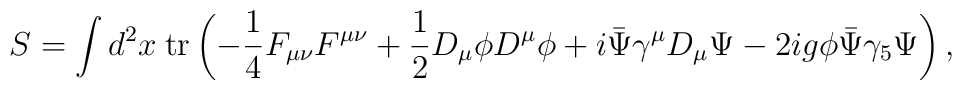
S  =  \int d^2 x \hspace{1mm}  \mbox{tr} \left(-\frac{1}{4} F_{\mu \nu}F^{\mu \nu}+\frac{1}{2}D_\mu \phi D^\mu \phi +i \bar{\Psi}\gamma^\mu D_{\mu}\Psi -2ig\phi\bar{\Psi}\gamma_5\Psi \right),